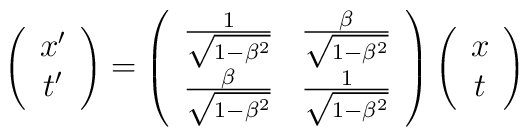
\left(\begin{array}{c}x'\\t'\end{array} \right)  =\left(\begin{array}{cc}\frac{1}{ \sqrt{1-\beta^2}} &\frac{\beta}{ \sqrt{1-\beta^2}}\\\frac{\beta}{ \sqrt{1-\beta^2}}&\frac{1}{ \sqrt{1-\beta^2}}\end{array} \right) \left(\begin{array}{c}x\\t\end{array} \right)